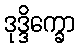
ဒုဒ္ဒိက္ခော